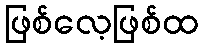
ဖြစ်လေ့ဖြစ်ထ